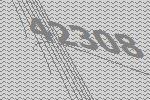
42308